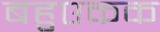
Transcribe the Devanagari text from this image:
बहुएकक